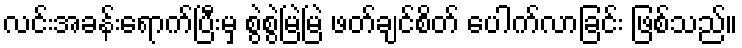
လင်းအခန်းရောက်ပြီးမှ စွဲစွဲမြဲမြဲ ဖတ်ချင်စိတ် ပေါက်လာခြင်း ဖြစ်သည်။